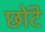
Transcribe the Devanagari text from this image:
छोटॆ